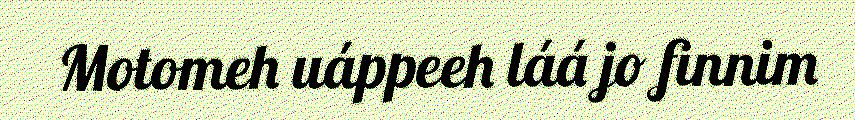
Motomeh uáppeeh láá jo finnim